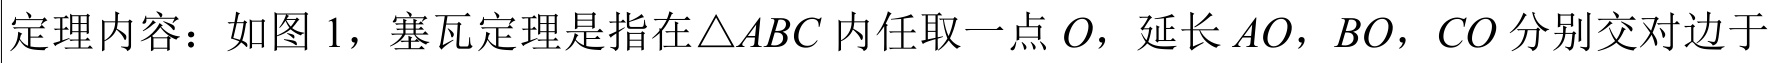
定理内容：如图 1，塞瓦定理是指在\(\triangle ABC\)内任取一点\(O\)，延长\(AO\)，\(BO\)，\(CO\)分别交对边于